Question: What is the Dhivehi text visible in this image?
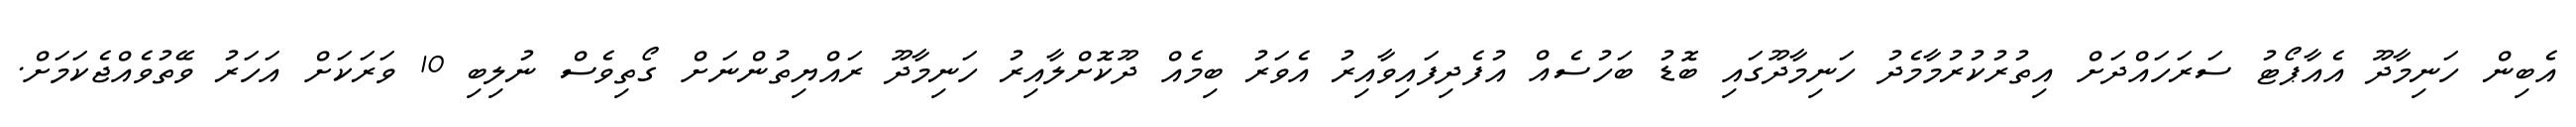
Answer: އެބިން ހަނިމާދޫ އެއާޕޯޓު ސަރަހައްދަށް އިތުރުކުރުމާމެދު ހަނިމާދޫގައި ބޮޑު ބަހުސެއް އުފެދިފައިވާއިރު އެވަރު ބިމެއް ދޫކޮށްލާއިރު ހަނިމާދޫ ރައްޔިތުންނަށް ގޯތިވެސް ނުލިބި 10 ވަރަކަށް އަހަރު ވޭތުވެއްޖެކަމަށް.